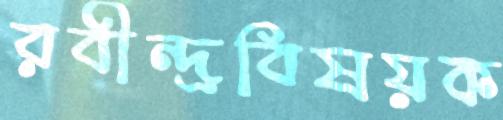
রবীন্দ্রবিষয়ক